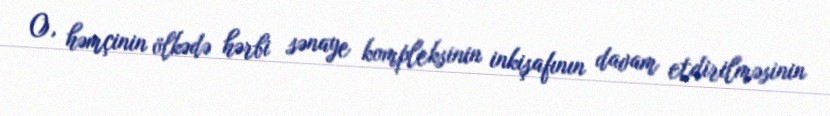
O, həmçinin ölkədə hərbi sənaye kompleksinin inkişafının davam etdirilməsinin